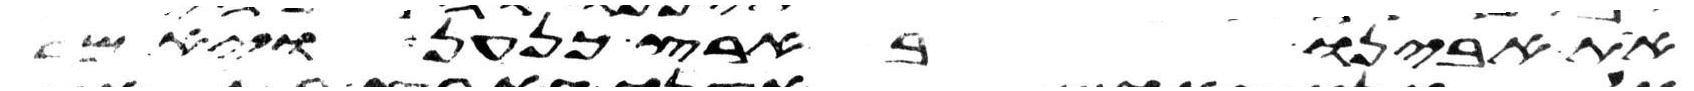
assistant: את אבינו בארץ כנען ויאמר